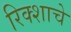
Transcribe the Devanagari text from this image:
रिक्शाचे